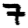
Digit: 7